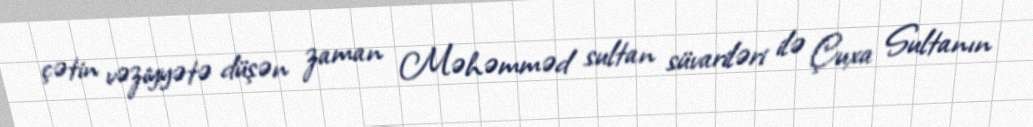
çətin vəziyyətə düşən zaman Məhəmməd sultan süvariləri ilə Çuxa Sultanın